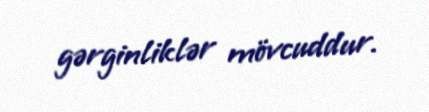
gərginliklər mövcuddur.